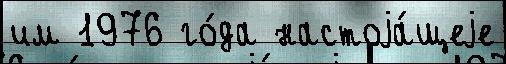
им 1976 го́да настоjа́щеjе